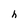
Character: h